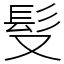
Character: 䯭